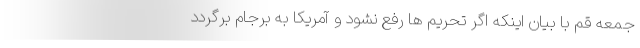
جمعه قم با بیان اینکه اگر تحریم ها رفع نشود و آمریکا به برجام برگردد